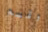
وقسم